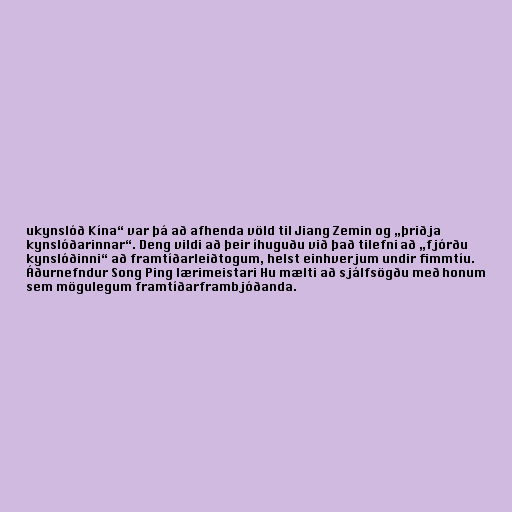
ukynslóð Kína“ var þá að afhenda völd til Jiang Zemin og „þriðja
kynslóðarinnar“. Deng vildi að þeir íhuguðu við það tilefni að „fjórðu
kynslóðinni“ að framtíðarleiðtogum, helst einhverjum undir fimmtíu.
Áðurnefndur Song Ping lærimeistari Hu mælti að sjálfsögðu með honum
sem mögulegum framtíðarframbjóðanda.